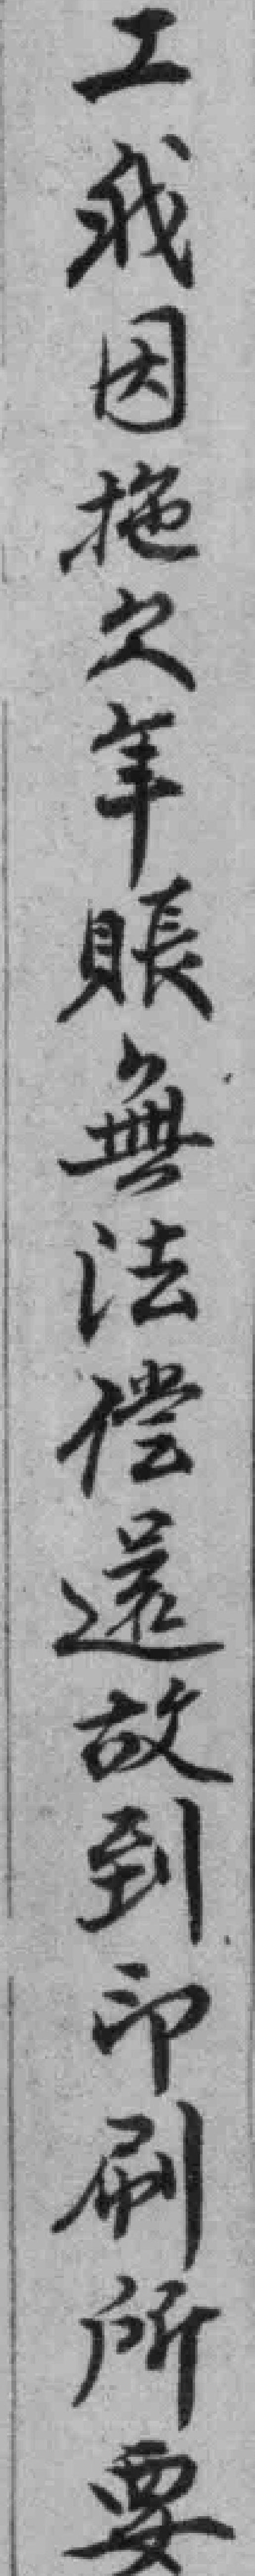
工我因拖欠年賬無法偿還故到印刷所要